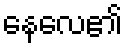
နေလေ၏